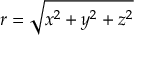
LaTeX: r = { \sqrt { x ^ { 2 } + y ^ { 2 } + z ^ { 2 } } }